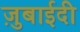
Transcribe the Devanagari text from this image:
ज़ुबाईदी